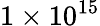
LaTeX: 1\times 10^{15}